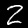
Digit: 2